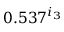
0 . 5 3 7 ^ { i _ { 3 } }